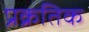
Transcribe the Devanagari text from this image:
प्रक्रतिक